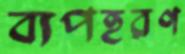
ব্যপহরণ